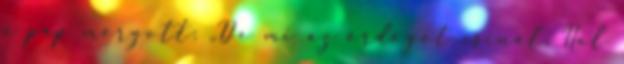
a pap morgott: „De mi az ördögöt csinál, Hol